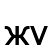
жү